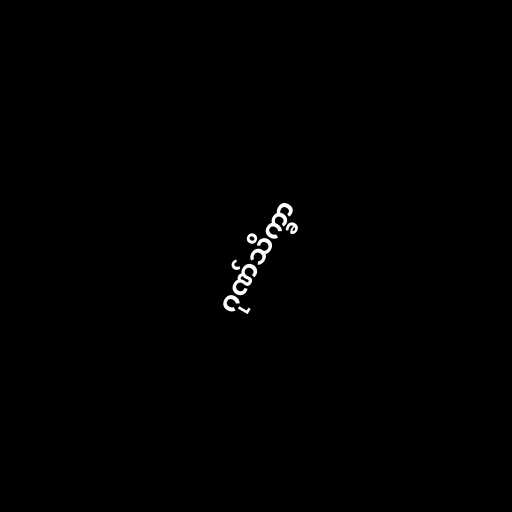
ဂုဏ်သိက္ခာ